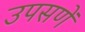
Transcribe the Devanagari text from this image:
उपसणें